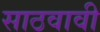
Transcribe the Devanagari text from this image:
साठवावी